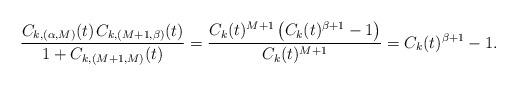
LaTeX: \begin{align*}\frac{C_{k,(\alpha,M)}(t) \kern+1pt C_{k,(M+1,\beta)}(t)}{1+C_{k,(M+1,M)}(t)} = \frac{C_k(t)^{M+1} \left( C_k(t)^{\beta+1} - 1 \right)}{C_k(t)^{M+1}} = C_k(t)^{\beta+1} - 1.\end{align*}